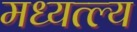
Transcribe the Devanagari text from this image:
मध्यत्ल्य